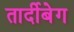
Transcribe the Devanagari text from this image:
तार्दीबेग